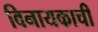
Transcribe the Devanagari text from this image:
विनायकाची